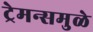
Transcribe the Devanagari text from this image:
ट्रेमन्समुळे